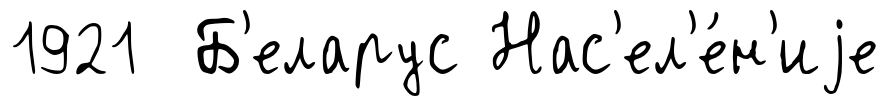
1921 Б'еларус Нас'ел'е́н'иjе